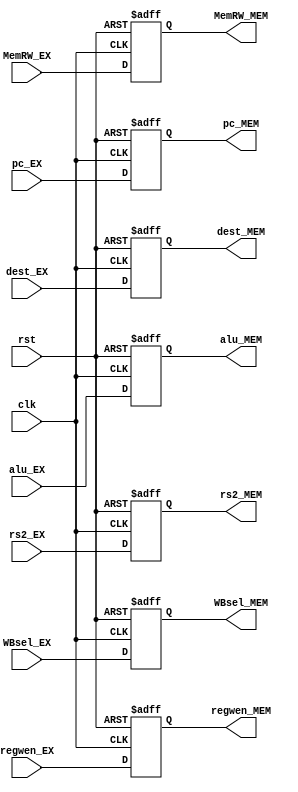
`timescale 1ns / 1ps

module EX_MEM(
    input clk, rst,
    input [31:0] pc_EX, alu_EX, rs2_EX,
    input regwen_EX, MemRW_EX,
    input [1:0] WBsel_EX,
    output reg [1:0] WBsel_MEM,
    output reg regwen_MEM, MemRW_MEM,
    output reg [31:0] pc_MEM, alu_MEM, rs2_MEM,
    input [4:0] dest_EX,
    output reg [4:0] dest_MEM
    );
    always @ (posedge clk or negedge rst) begin
        if (!rst) begin
            pc_MEM <= 0;
            alu_MEM <= 0; 
            rs2_MEM <= 0; 
            WBsel_MEM <= 0;
            regwen_MEM <= 0;
            MemRW_MEM <= 0;
            dest_MEM <= 0;
        end
        else begin
            pc_MEM <= pc_EX;
            alu_MEM <= alu_EX; 
            rs2_MEM <= rs2_EX; 
            WBsel_MEM <= WBsel_EX;
            regwen_MEM <= regwen_EX;
            MemRW_MEM <= MemRW_EX;
            dest_MEM <= dest_EX;
        end
    end
endmodule